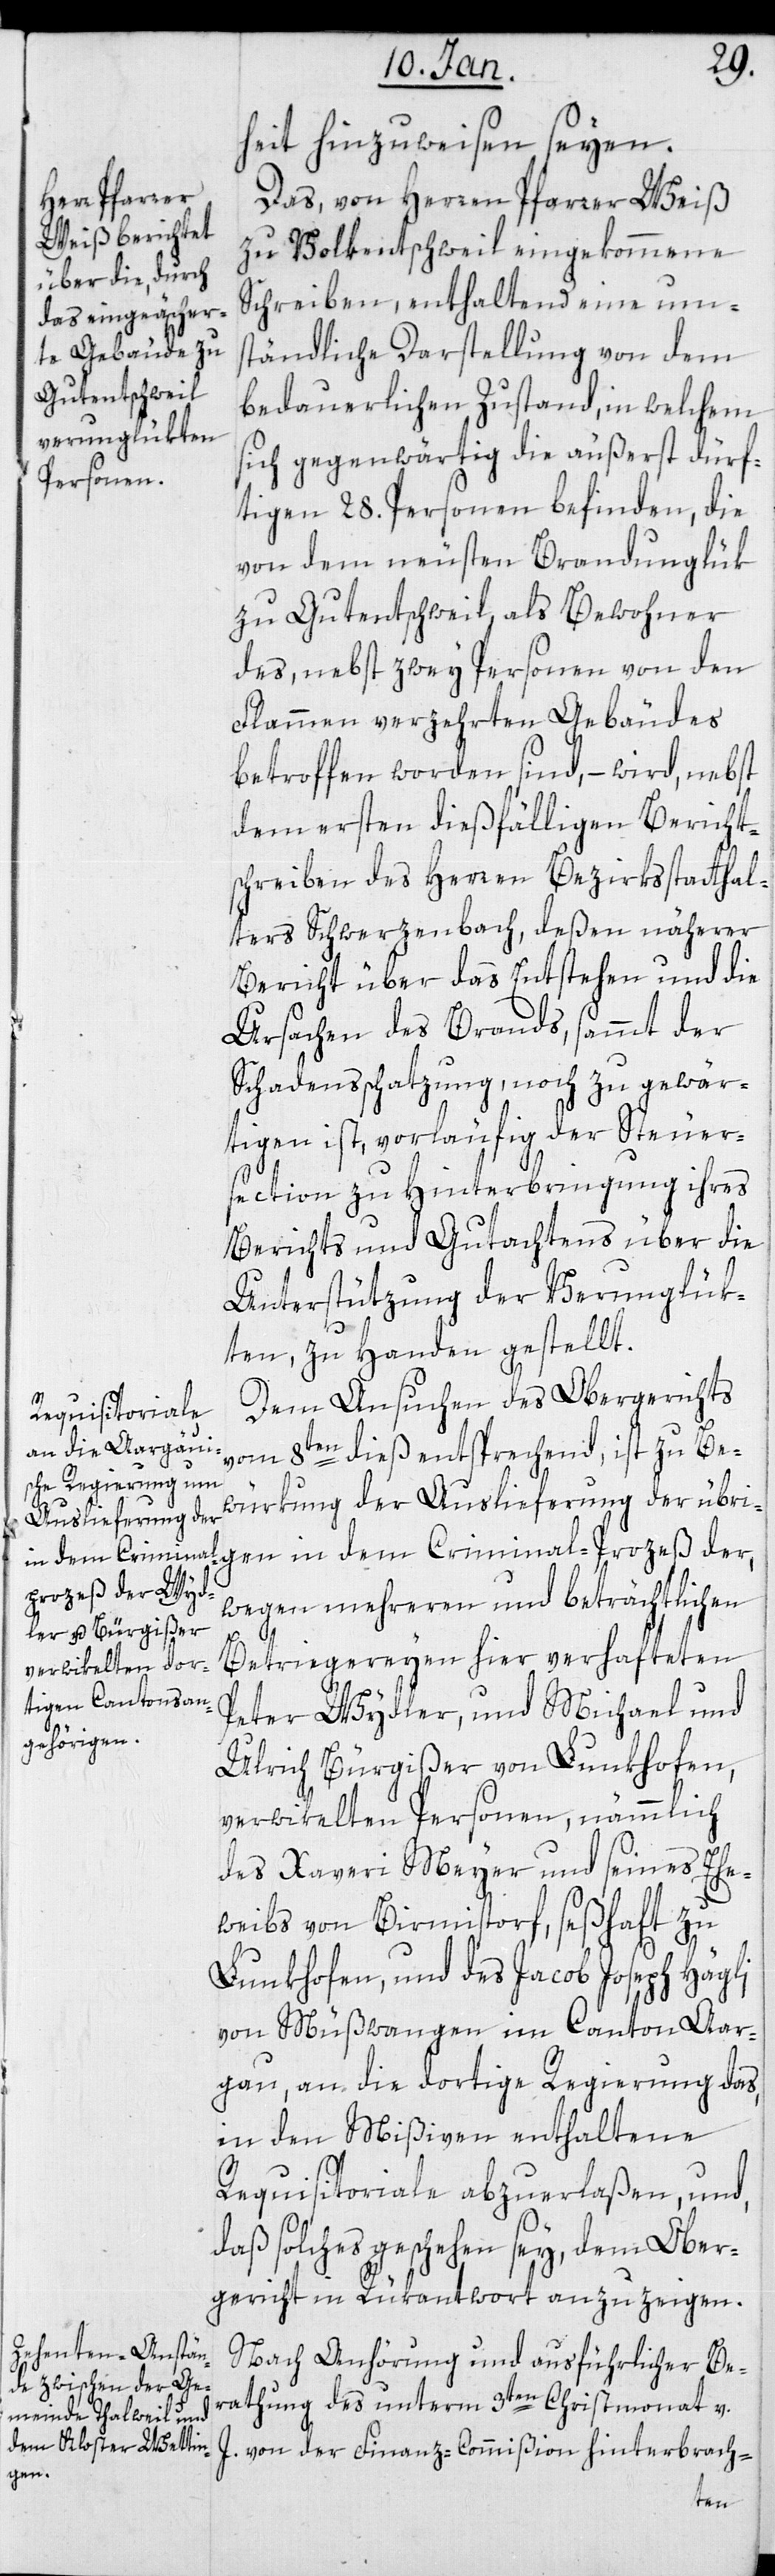
heit hinzuweisen seyen.
Das von Herren Pfarrer Weiß
zu Volkeitschweil eingekommene
Schreiben, enthaltend eine um¬
ständliche Darstellung von dem
bedauerlichen Zustand, in welchem
sich gegenwärtig die äußerst dürf¬
tigen 28. Personen befinden, die
von dem neusten Brandunglük
zu Gutentschweil, als Bewohner
des, nebst zwey Personen von den
Flammen verzehrten Gebäudes
betroffen worden sind, – wird nebst
dem ersten dießfälligen Bericht¬
schreiben des Herren Bezirksstatthal¬
ters Schwerzenbach, deßen näherer
Bericht über das Entstehen und die
Ursachen des Brands, sammt der
Schadensschatzung noch zu gewär¬
tigen ist, vorläufig der Steuer¬
section zu Hinterbringung ihres
Berichts und Gutachtens über die
Unterstützung der Verunglük¬
ten, zu Handen gestellt.
Dem Ansuchen des Obergerichts
vom 8ten dieß entsprechend, ist zu Be¬
würkung der Auslieferung der übri¬
wegen mehreren und beträchtlichen
Betriegereyen hier verhafteten
Peter Wydler, und Michael und
Ulrich Bürgißer von Lunkhofen,
verwikelten Personen, nämmlich
des Xaveri Meyer und seines Ehe¬
weibs von Birmistorf, seßhaft zu
Lunkhofen, und des Jacob Joseph Hägli
von Müßwangen im Canton Aar¬
gau, an die dortige Regierung das,
in den Mißiven enthaltene
Requisitoriale abzuerlaßen, und
daß solches geschehen sey, dem Ober¬
gericht in Rükantwort anzuzeigen.
Nach Anhörung und ausführlicher Be¬
ratung des unterm 9ten Christmonat v.
J. von der Finanz-Commißion hinterbrach-
gen
der,